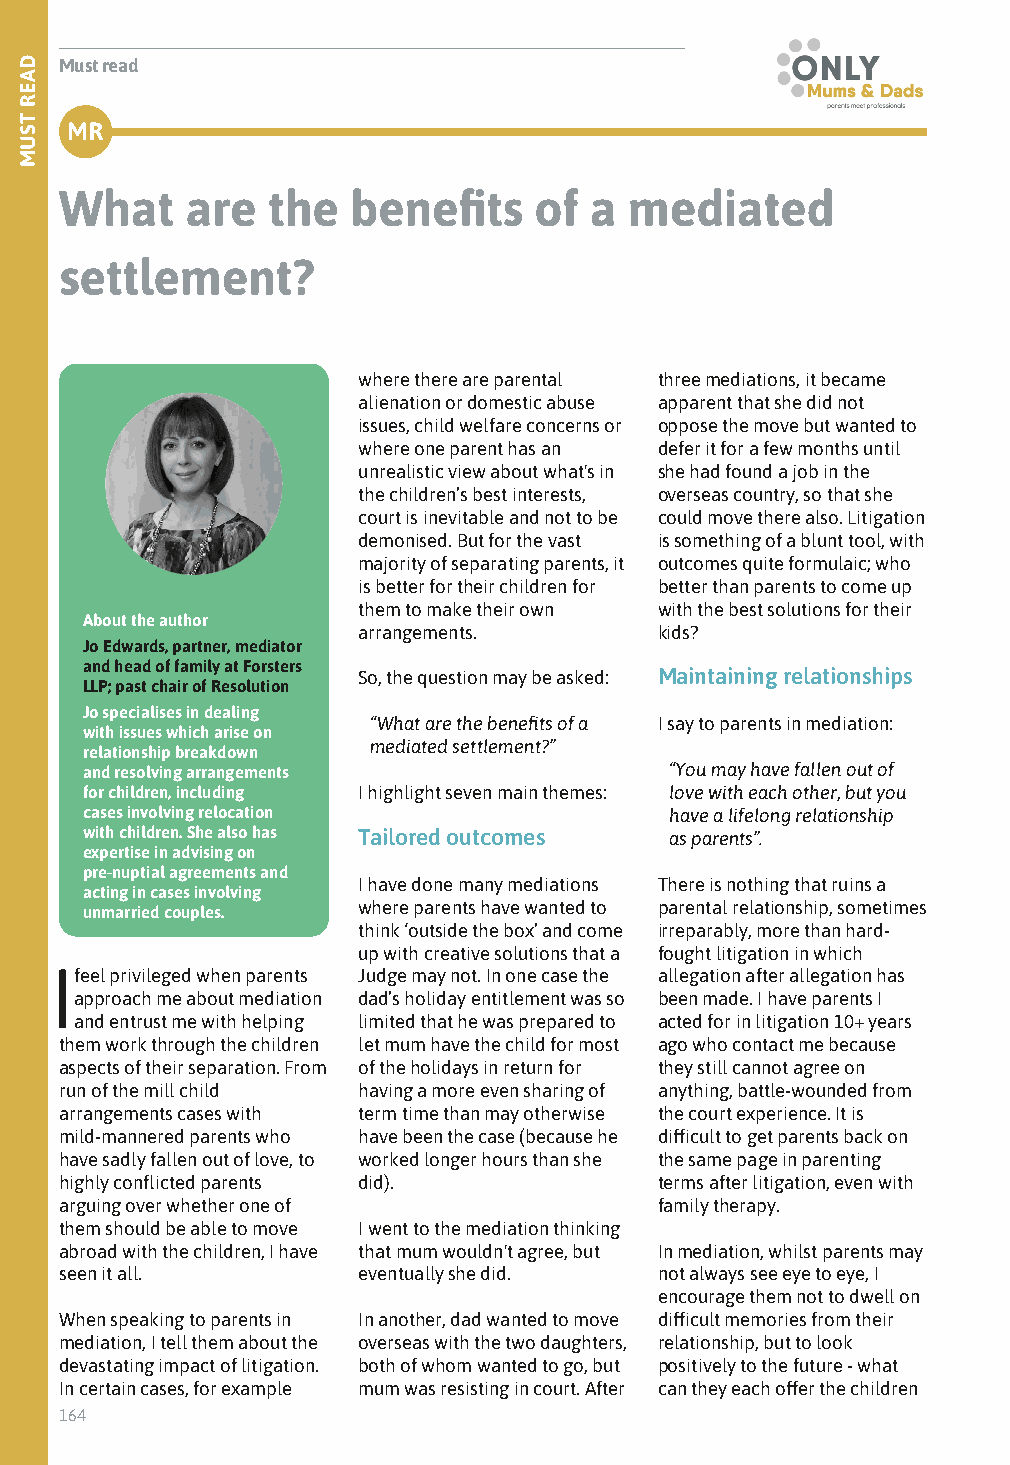
Must read
 MR
 What    are   the  benefits    of  a  mediated
 settlement?
 where there are parental three mediations, it became
 alienation or domestic abuse apparent that she did not
 issues, child welfare concerns or oppose the move but wanted to
 where one parent has an defer it for a few months until
 unrealistic view about what's in she had found a job in the
 the children’s best interests, overseas country, so that she
 court is inevitable and not to be could move there also. Litigation
 demonised. But for the vast is something of a blunt tool, with
 majority of separating parents, it outcomes quite formulaic; who
 is better for their children for better than parents to come up
 them to make their own with the best solutions for their
 About the author
 arrangements.       kids?
 Jo Edwards, partner, mediator
 and head of family at Forsters
 So, the question may be asked: Maintaining relationships
 LLP; past chair of Resolution
 Jo specialises in dealing
 “What are the benefits of a I say to parents in mediation:
 with issues which arise on
 mediated settlement?”
 relationship breakdown
 and resolving arrangements             “You may have fallen out of
 for children, including I highlight seven main themes: love with each other, but you
 cases involving relocation             have a lifelong relationship
 with children. She also has Tailored outcomes as parents”.
 expertise in advising on
 pre-nuptial agreements and
 I have done many mediations There is nothing that ruins a
 acting in cases involving
 unmarried couples. where parents have wanted to parental relationship, sometimes
 think ‘outside the box’ and come irreparably, more than hard-
 up with creative solutions that a fought litigation in which
 If eel privileged when parents Judge may not. In one case the allegation after allegation has
 approach me about mediation dad’s holiday entitlement was so been made. I have parents I
 and entrust me with helping limited that he was prepared to acted for in litigation 10+ years
 them work through the children let mum have the child for most ago who contact me because
 aspects of their separation. From of the holidays in return for they still cannot agree on
 run of the mill child having a more even sharing of anything, battle-wounded from
 arrangements cases with term time than may otherwise the court experience. It is
 mild-mannered parents who have been the case (because he difficult to get parents back on
 have sadly fallen out of love, to worked longer hours than she the same page in parenting
 highly conflicted parents did).         terms after litigation, even with
 arguing over whether one of             family therapy.
 them should be able to move I went to the mediation thinking
 abroad with the children, I have that mum wouldn't agree, but In mediation, whilst parents may
 seen it all.        eventually she did. not always see eye to eye, I
 encourage them not to dwell on
 When speaking to parents in In another, dad wanted to move difficult memories from their
 mediation, I tell them about the overseas with the two daughters, relationship, but to look
 devastating impact of litigation. both of whom wanted to go, but positively to the future - what
 In certain cases, for example mum was resisting in court. After can they each offer the children
 164
 DAER
 TSUM